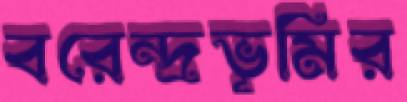
বরেন্দ্রভূমির